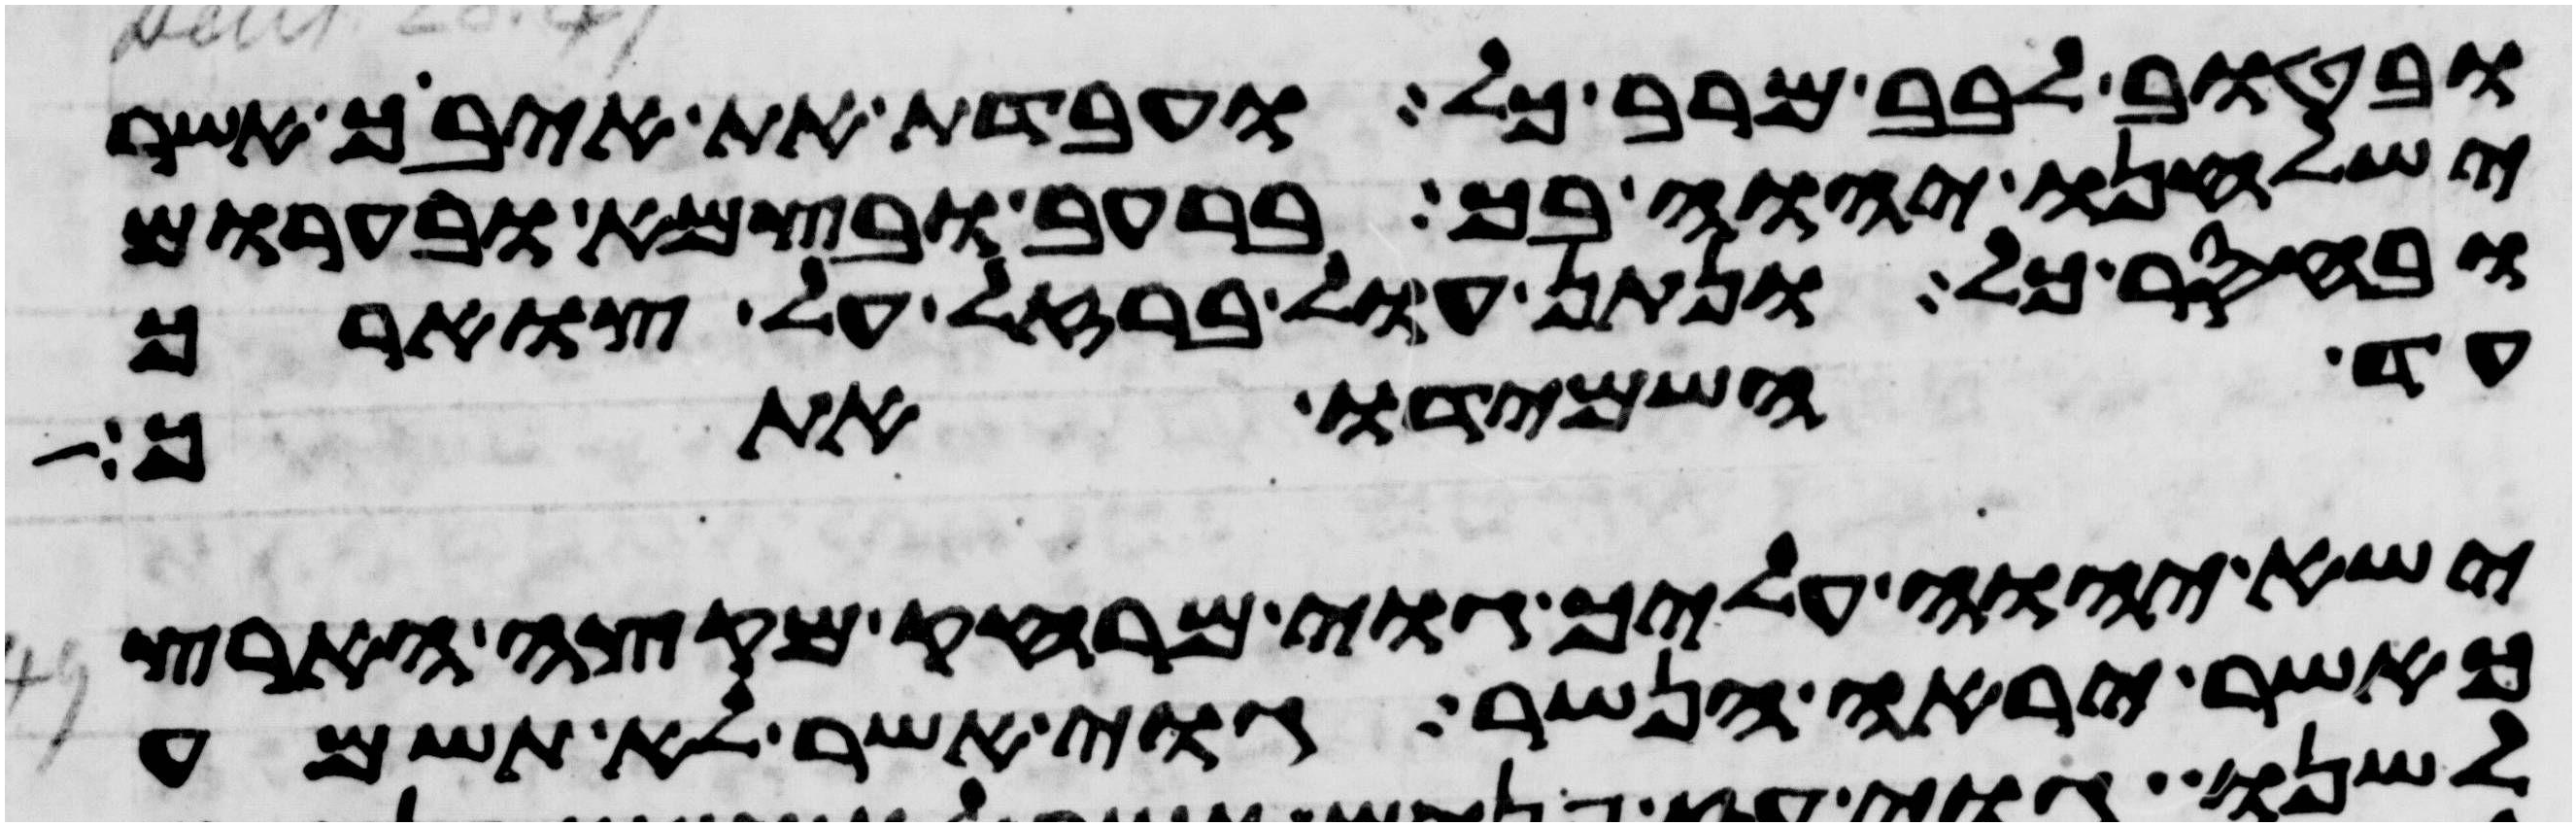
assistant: ובטוב לבב מרב כל ועבדת את איביך אשר
ישלחנו יהוה בך ברעב ובצמא ובערום
ובחסר כל ונתן עול ברזל על צוארך
עד השמידו אתך
ישא יהוה עליך גוי מרחק מקצה הארץ
כאשר יראה הנשר גוי אשר לא תשמע